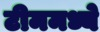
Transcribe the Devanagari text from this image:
टीममध्ये